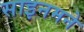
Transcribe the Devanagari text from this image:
साइनमने